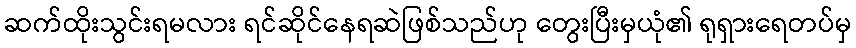
ဆက်ထိုးသွင်းရမလား ရင်ဆိုင်နေရဆဲဖြစ်သည်ဟု တွေးပြီးမှယုံ၏ ရုရှားရေတပ်မှ